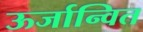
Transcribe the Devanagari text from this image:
ऊर्जान्वित